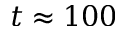
t \approx 1 0 0